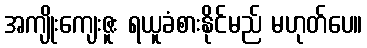
အကျိုးကျေးဇူး ရယူခံစားနိုင်မည် မဟုတ်ပေ။